Vaccination in Bombay 1924-1928 - 1924-1928
Year: 1924
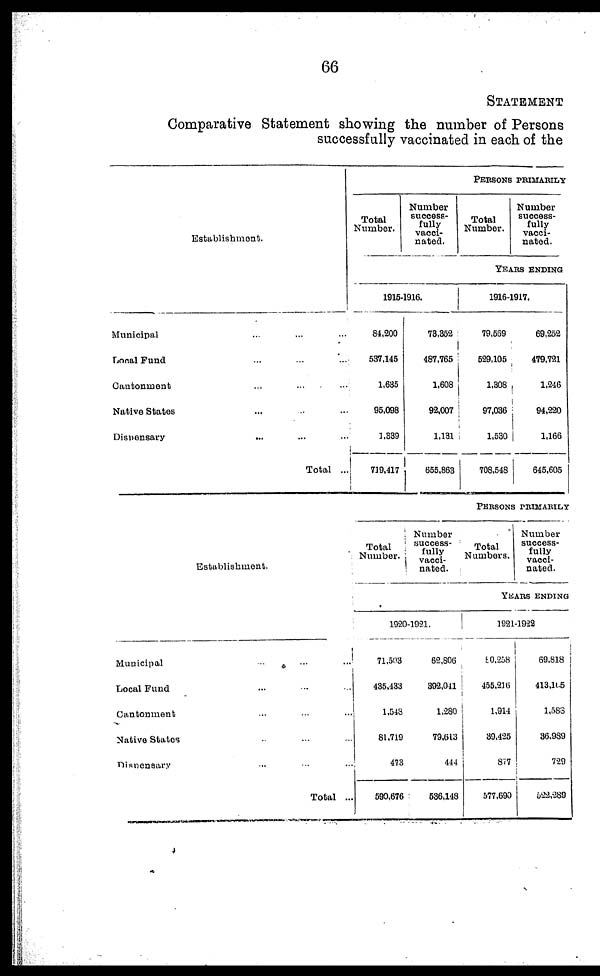
66
STATEMENT
Comparative Statement showing the number of Persons
successfully vaccinated in each of the
Establishment.
Municipal ... ... ...
Local Fund ... ... ...
Cantonment ... ... ...
Native States ... ... ...
Dispensary ... ... ...
Total ...
PERSONS PRIMARILY
Total
Number.
Number
success-
fully
vacci¬
nated.
Total
Number.
Number
success-
fully
vacci-
nated.
YEARS ENDING
1915-1916.
84,200
537,145
1,685
95,098
1,339
719,417
73,352
487,765
1,608
92,007
1,131
655,863
1916-1917.
79,569
529,105
1,308
97,036
1,530
708,548
69,252
479,721
1,246
94,220
1,166
645,605
Establishment.
Municipal
...
...
...
Local Fund ... ... ...
Cantonment ... ... ...
Native States ... ... ...
Dispensary ... ... ...
Total ...
PERSONS PRIMARILY
Total
Number
Number
success-
fully
vacci-
nated.
Total
Numbers.
Number
success-
fully
vacci-
nated.
YEARS ENDING
1920-1921.
71,503
435,433
1,548
81,719
473
590,676
62,806
392,041
1,280
79,613
444
536,148
1821-1922
80,258
455,216
1,914
39,425
877
577,690
69,818
413,165
1,583
36,989
729
522,289